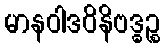
မာနဝါဒဝိနိဗဒ္ဓဉ္စ